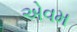
એવમ